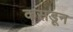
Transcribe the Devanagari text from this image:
कसडून